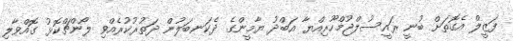
ފަޒީލް އެގޮތަށް ބުނީ ރައީސުލްޖުމްހޫރިއްޔާ އަބްދު ޔާމީންގެ ދެކަނބަލުން ދަތުރުކުރެއްވި ލޯންޗްކޮޅު ގޮއްވާލި